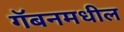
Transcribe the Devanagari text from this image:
गॅबनमधील